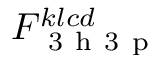
F _ { \mathrm { ~ 3 ~ h ~ 3 ~ p ~ } } ^ { k l c d }